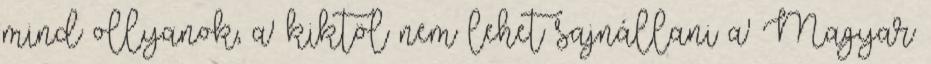
mind ollyanok, a' kiktöl nem lehet sajnállani a' Magyar